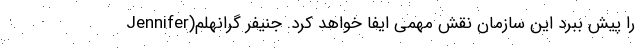
را پیش ببرد این سازمان نقش مهمی ایفا خواهد کرد. جنیفر گرانهلم(Jennifer